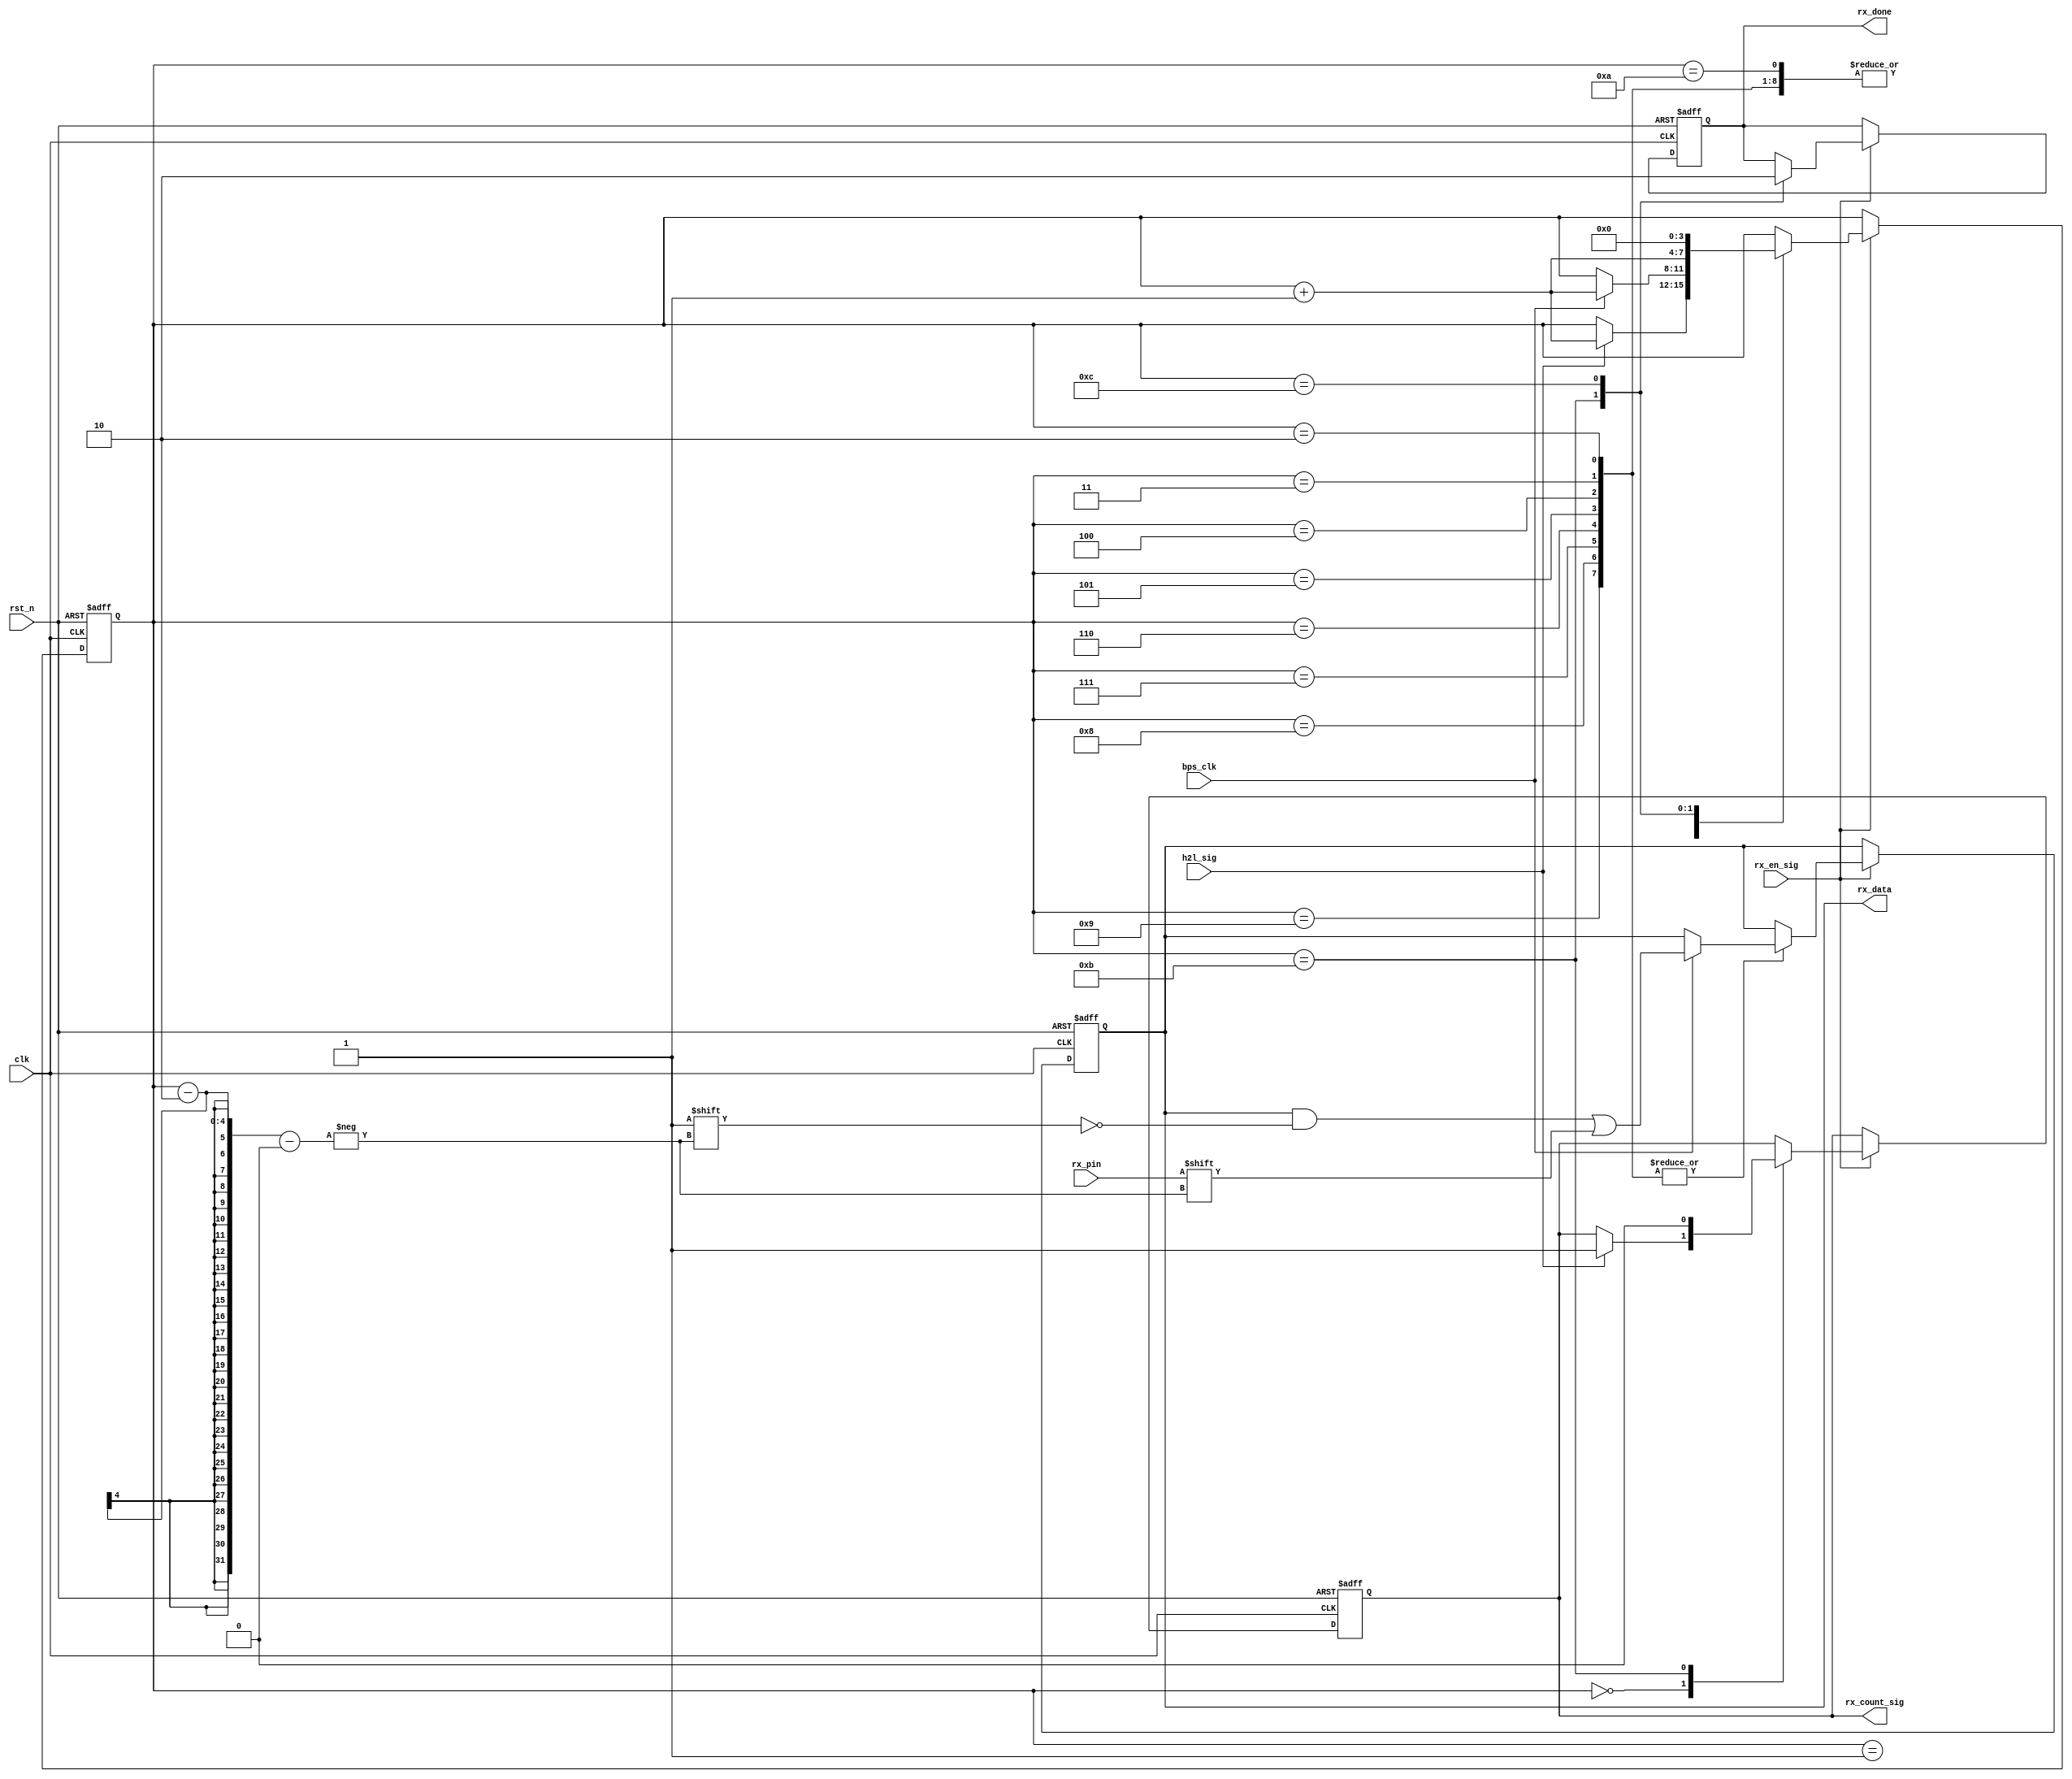
`timescale 1ns / 1ps
//////////////////////////////////////////////////////////////////////////////////
// Company: 
// Engineer: 
// 
// Design Name: 
// Module Name:    rx_control_module 
// Project Name: 
// Target Devices: 
// Tool versions: 
// Description: 
//
// Dependencies: 
//
// Revision: 
// Revision 0.01 - File Created
// Additional Comments: 
//
//////////////////////////////////////////////////////////////////////////////////
module rx_control_module
(
    clk,
    rst_n,
    rx_en_sig,
    h2l_sig,
    bps_clk,
    rx_pin,
    rx_count_sig,
    rx_done,
    rx_data
);
    
    input clk;
    input rst_n;
    
    input rx_en_sig;
    input h2l_sig;
    input bps_clk;
    input rx_pin;

    output reg rx_count_sig;
    output reg rx_done;
    output reg [7:0]rx_data;
    
    /*******************************/
    
    reg [3:0]i;
    
    always @(posedge clk or negedge rst_n)
    begin
        if (!rst_n) begin
            i <= 4'd0;
            rx_count_sig <= 1'b0;
            rx_done <= 1'b0;
            rx_data <= 8'd0;
        end
        else if (rx_en_sig)
        begin
            case (i)
                
                4'd0:   // 
                if (h2l_sig)
                begin
                    i <= i + 1'b1;
                    rx_count_sig <= 1'b1;    // rx_bps
                end
                
                4'd1:   // 
                if (bps_clk) begin
                    i <= i + 1'b1;
                end
                
                4'd2, 4'd3, 4'd4, 4'd5, 4'd6, 4'd7, 4'd8, 4'd9:     // 
                if (bps_clk) begin
                    i <= i + 1'b1;
                    rx_data[i-2] <= rx_pin; //LSB
                end
                
                4'd10:   // 
                if (bps_clk) begin
                    i <= i + 1'b1;
                end
                
                4'd11:   // 
                begin
                    i <= i + 1'b1;
                    rx_count_sig <= 1'b0;
                    rx_done <= 1'b1;
                end
                
                4'd12:   // 
                begin
                    i <= 1'b0;
                    rx_done <= 1'b0;
                end
                
            endcase
        end
    end
    
endmodule